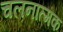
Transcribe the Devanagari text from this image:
चलनात्मक